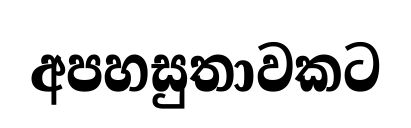
අපහසුතාවකට